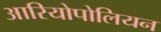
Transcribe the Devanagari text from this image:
आरियोपोलियन